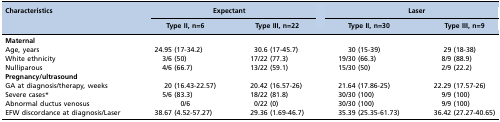
<table><thead><tr><td rowspan="2"><b>Characteristics</b></td><td colspan="2"><b>Expectant</b></td><td colspan="2"><b>Laser</b></td></tr><tr><td><b>Type II, n=6</b></td><td><b>Type III, n=22</b></td><td><b>Type II, n=30</b></td><td><b>Type III, n=9</b></td></tr></thead><tbody><tr><td colspan="5"><b>Maternal</b></td></tr><tr><td>Age, years</td><td>24.95 (17-34.2)</td><td>30.6 (17-45.7)</td><td>30 (15-39)</td><td>29 (18-38)</td></tr><tr><td>White ethnicity</td><td>3/6 (50)</td><td>17/22 (77.3)</td><td>19/30 (66.3)</td><td>8/9 (88.9)</td></tr><tr><td>Nulliparous</td><td>4/6 (66.7)</td><td>13/22 (59.1)</td><td>15/30 (50)</td><td>2/9 (22.2)</td></tr><tr><td colspan="5"><b>Pregnancy/ultrasound</b></td></tr><tr><td>GA at diagnosis/therapy, weeks</td><td>20 (16.43-22.57)</td><td>20.42 (16.57-26)</td><td>21.64 (17.86-25)</td><td>22.29 (17.57-26)</td></tr><tr><td>Severe cases*</td><td>5/6 (83.3)</td><td>18/22 (81.8)</td><td>30/30 (100)</td><td>9/9 (100)</td></tr><tr><td>Abnormal ductus venosus</td><td>0/6</td><td>0/22 (0)</td><td>30/30 (100)</td><td>9/9 (100)</td></tr><tr><td>EFW discordance at diagnosis/Laser</td><td>38.67 (4.52-57.27)</td><td>29.36 (1.69-46.7)</td><td>35.39 (25.35-61.73)</td><td>36.42 (27.27-40.65)</td></tr></tbody></table>